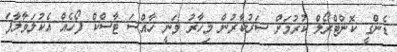
ޑެންގީ ކޮންޓްރޯލް ކުރުމަށް ސަރުކާރުން މިހާރު ވަނީ ހާއްސަ ޓާސްކް ފޯހެއް އެކުލަވާލާފަ